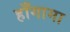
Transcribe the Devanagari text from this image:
हाँगामा